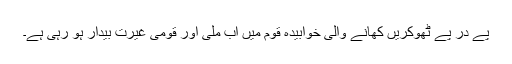
پے در پے ٹھوکریں کھانے والی خوابیدہ قوم میں اب ملی اور قومی غیرت بیدار ہو رہی ہے۔